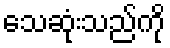
သေဆုံးသည်ကို